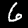
Label: 6